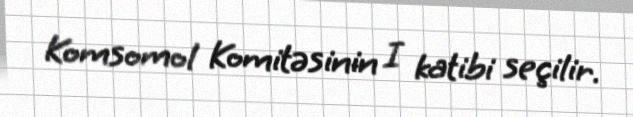
Komsomol Komitəsinin I katibi seçilir.